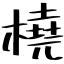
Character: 橈